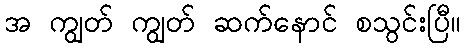
အ ကျွတ် ကျွတ် ဆက်နောင် စသွင်းပြီ။